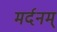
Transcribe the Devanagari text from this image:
मर्दनम्